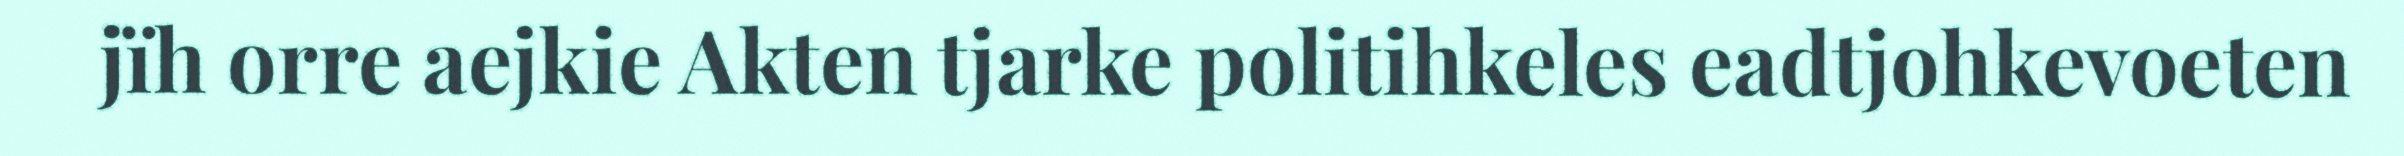
jïh orre aejkie Akten tjarke politihkeles eadtjohkevoeten